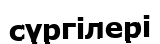
сүргілері